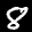
Label: 8